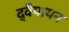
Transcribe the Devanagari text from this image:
द्वेैपायन